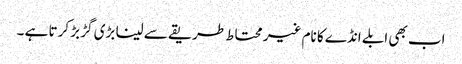
اب بھی ابلے انڈے کا نام غیر محتاط طریقے سے لینا بڑی گڑ بڑ کرتا ہے ۔